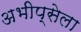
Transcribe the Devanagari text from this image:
अभीप्सेला